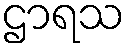
ဌာရသ